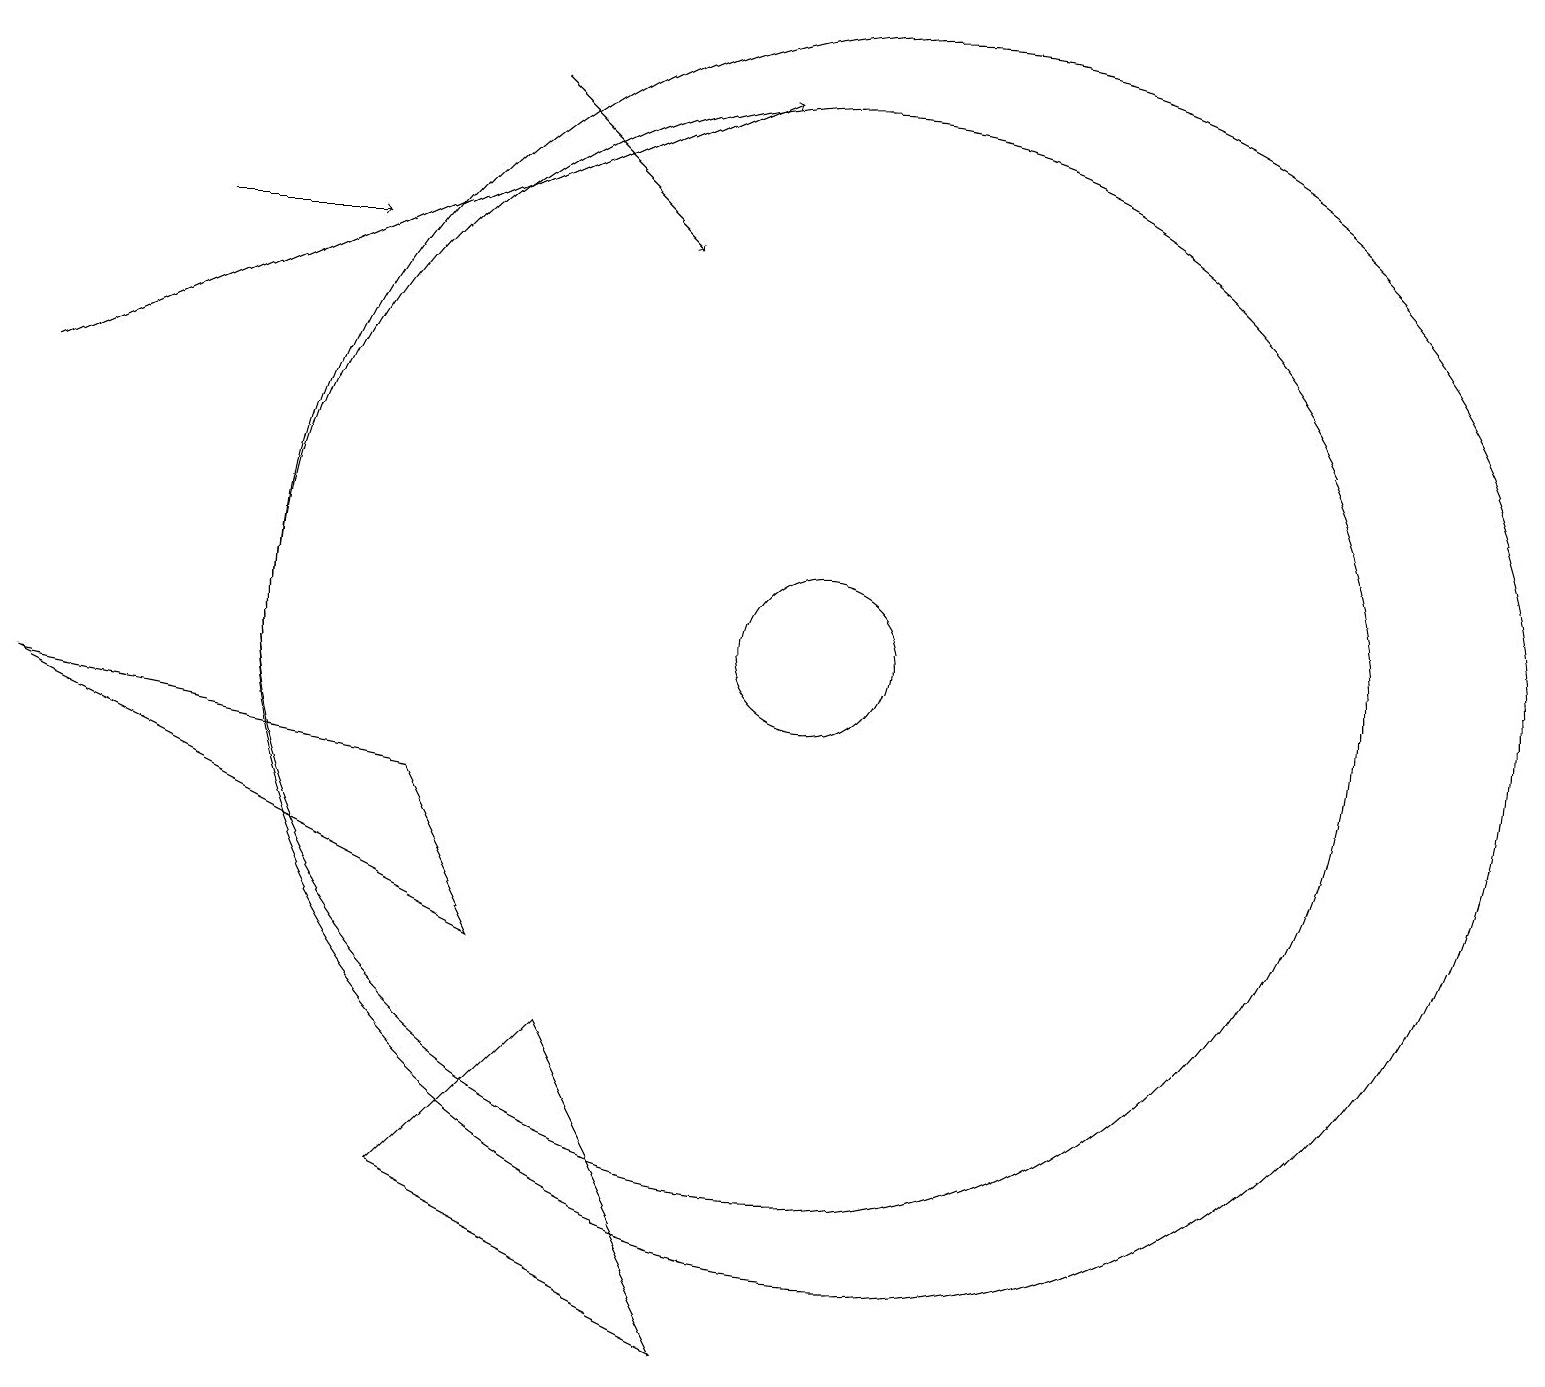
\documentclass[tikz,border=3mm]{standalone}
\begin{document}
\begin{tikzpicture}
\draw (11,10) circle (8);
\draw[->] (2,15) -- (4,15);
\draw[->] (6,17) -- (8,15);
\draw (10,10) circle (7);
\draw[->] (0,13) -- (9,17);
\draw (7,5) -- (9,1) -- (5,3) -- cycle;
\draw (10,10) circle (1);
\draw (0,9) -- (6,6) -- (5,8) -- cycle;
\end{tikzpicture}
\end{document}